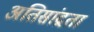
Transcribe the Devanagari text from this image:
अतिसांद्रता